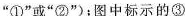
”①”或”②”)；图中标示的③